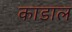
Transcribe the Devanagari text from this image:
काडाल